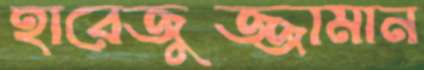
হারেজুজ্জামান